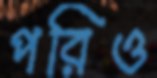
পরিও